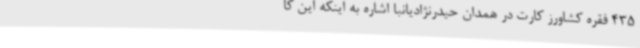
435 فقره کشاورز کارت در همدان حیدرنژادیانبا اشاره به اینکه این کا